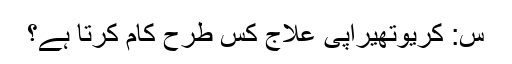
س: کریوتھیراپی علاج کس طرح کام کرتا ہے؟